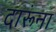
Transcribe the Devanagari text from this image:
दारूंना